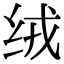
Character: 绒